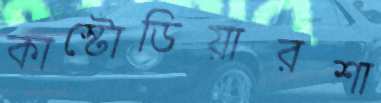
কাস্টোডিয়ারশা